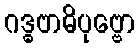
ဂဒ္ဓဗာဓိပုဗ္ဗော